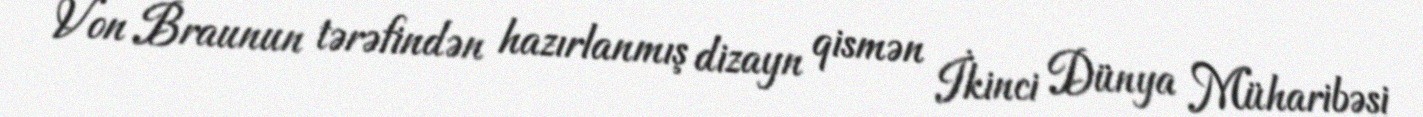
Von Braunun tərəfindən hazırlanmış dizayn qismən İkinci Dünya Müharibəsi